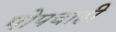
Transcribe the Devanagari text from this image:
पोपचाही